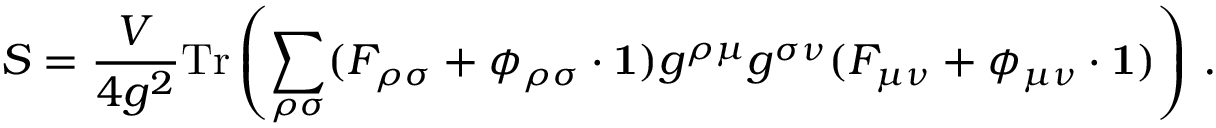
S = \frac { V } { 4 g ^ { 2 } } \mathrm { T r } \left( \sum _ { \rho \sigma } ( F _ { \rho \sigma } + \phi _ { \rho \sigma } \cdot { \bf 1 } ) g ^ { \rho \mu } g ^ { \sigma \nu } ( F _ { \mu \nu } + \phi _ { \mu \nu } \cdot { \bf 1 } ) \right) \, .